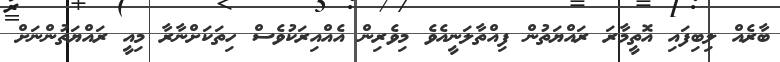
ބާރެއް ލިބިފައި އޮތީމާރަ ރައްޔަތުން ފިއްތާލަނީއެވެ މިވެރިން އެއްއިރަކުވެސް ހިތަކަށްނާރާ މިއީ ރައްޔަތުންނަށް